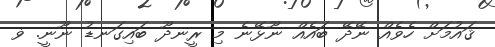
ޤައުމަށް ހެވެއް ނޭދޭ ބައެއް ނޫޅޭނެ މި ރީނދޫ ބައިގަނޑު ނޫނީ. ޥ